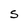
Character: S